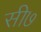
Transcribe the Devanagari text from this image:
सी७